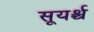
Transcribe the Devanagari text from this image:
सूयर्श्च